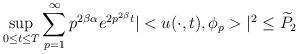
LaTeX: \begin{align*}\sup_{0\le t \le T} \sum_{p=1}^\infty p^{2\beta \alpha} e^{2p^{2\beta }t} |<u(\cdot, t),\phi_p>|^2 \le \widetilde P_2\end{align*}